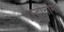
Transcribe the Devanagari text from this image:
एस्ट्रोनोमा